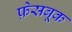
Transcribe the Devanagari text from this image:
फ़ेसबूक